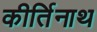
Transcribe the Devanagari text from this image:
कीर्तिनाथ